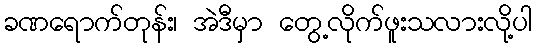
ခဏရောက်တုန်း၊ အဲဒီမှာ တွေ့လိုက်ဖူးသလားလို့ပါ